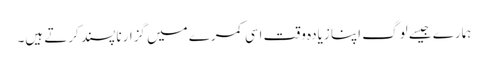
ہمارے جیسے لوگ اپنا زیادہ وقت اسی کمرے میں گزارنا پسند کرتے ہیں۔